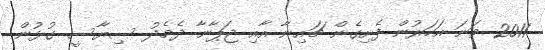
2011 ވަނަ އަހަރުން ފެށިގެން ޗައިނާ އާއި ޖަޕާނާ ދެމެދު ސިޔާސީ ގުޅުން